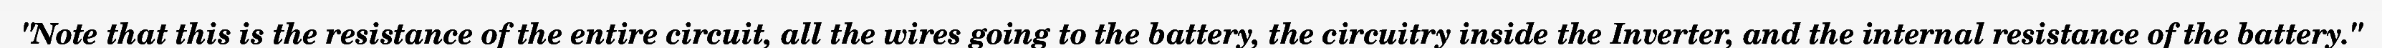
"Note that this is the resistance of the entire circuit, all the wires going to the battery, the circuitry inside the Inverter, and the internal resistance of the battery."